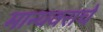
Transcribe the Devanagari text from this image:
मान्यवराचे